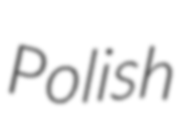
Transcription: Polish